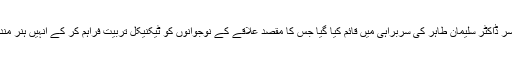
گذشتہ سال یونیورسٹی میں ساؤتھ پنجاب سکل ڈیویلپمنٹ انسٹی ٹیوٹ پروفیسر ڈاکٹر سلیمان طاہر کی سربراہی میں قائم کیا گیا جس کا مقصد علاقے کے نوجوانوں کو ٹیکنیکل تربیت فراہم کر کے انہیں ہنر مند بنانا ہے تاکہ وہ ملک کی تعمیر و ترقی میں اپنا مثبت کردار ادا کر سکیں۔